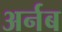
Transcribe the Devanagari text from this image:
अर्नब